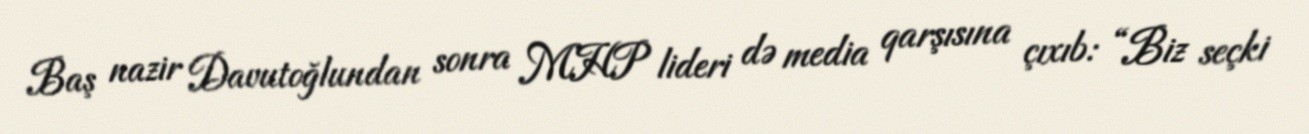
Baş nazir Davutoğlundan sonra MHP lideri də media qarşısına çıxıb: “Biz seçki